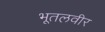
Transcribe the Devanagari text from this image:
भूतलवीर